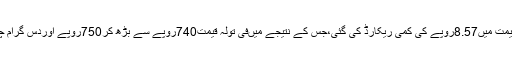
جمعہ کو چاندی کی فی تولہ قیمت میں10روپے اوردس گرام قیمت میں8.57روپے کی کمی ریکارڈ کی گئی،جس کے نتیجے میںفی تولہ قیمت740روپے سے بڑھ کر750روپے اوردس گرام چاندی کی قیمت634.43روپے سے بڑھ کر643روپے ہوگئی۔